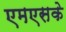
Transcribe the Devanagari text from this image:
एमएसके